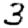
Digit: 3